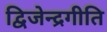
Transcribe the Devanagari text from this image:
द्विजेन्द्रगीति